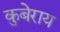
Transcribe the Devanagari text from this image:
कुबेराय